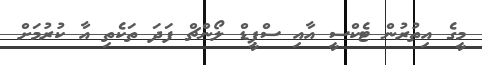
މީގެ އިތުރުން ޓެކްސީ އާއި ސްޕީޑް ލޯންޗް ފަދަ ތަކެތި އާ ކުރުމަށް